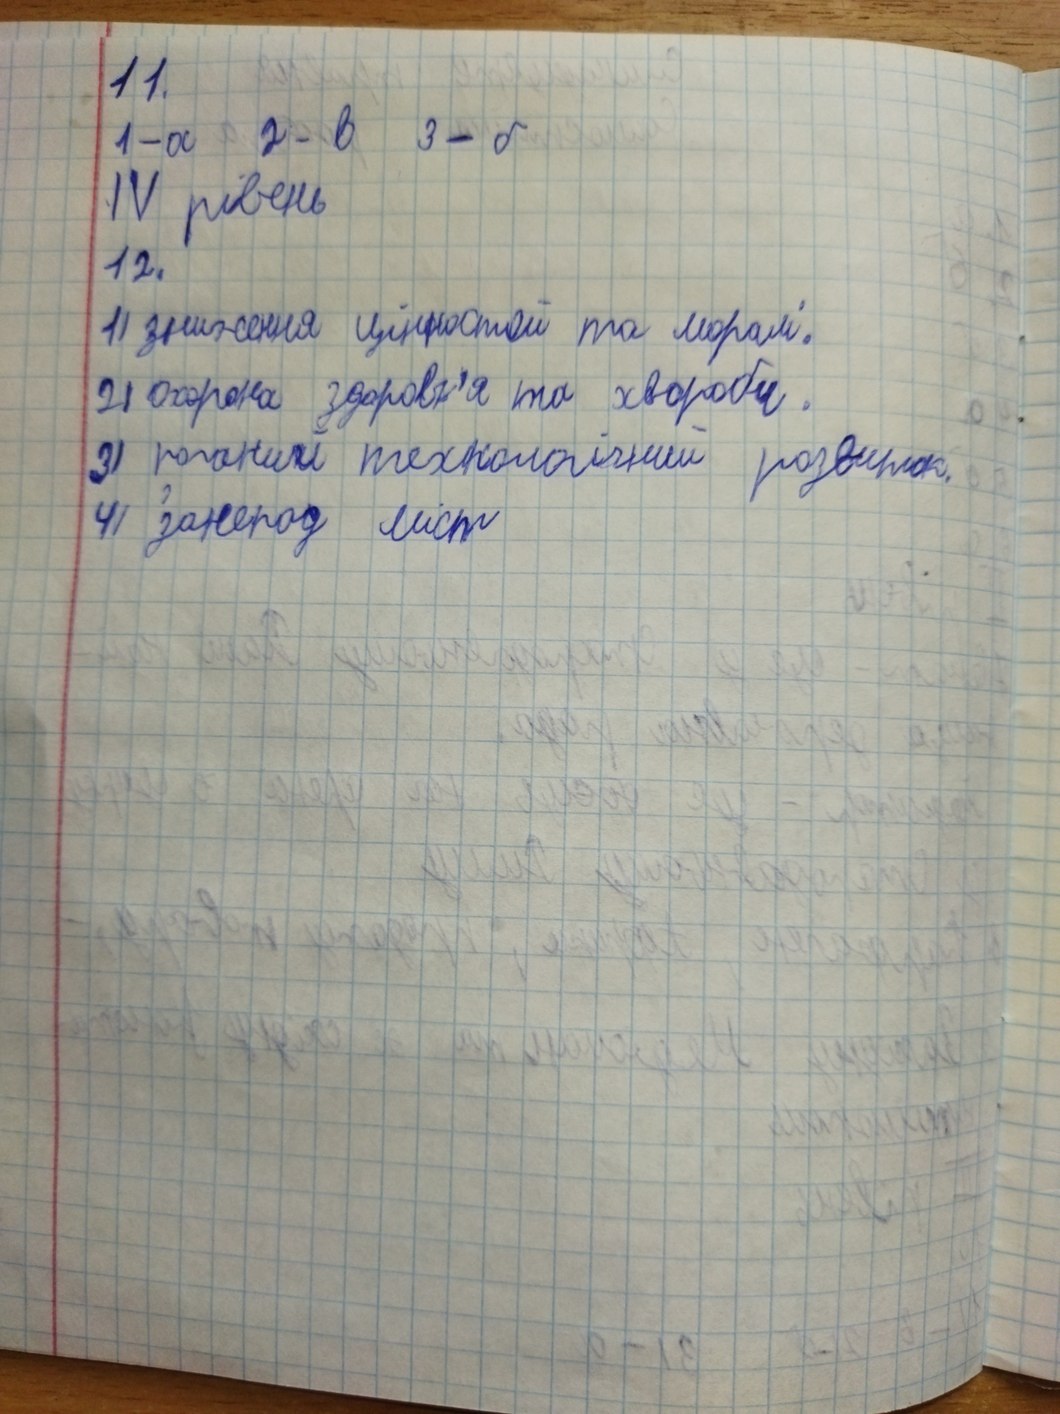
11.
1 - a 2 - в 3 - б
IV рівень
12.
1) зниження цінностей та моралі.
21 Охорона здоров'я та хвороби.
3) поганий технологічний розвиток.
4) занепад міст